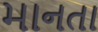
માનતા